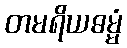
တမရိယဓမ္မံ